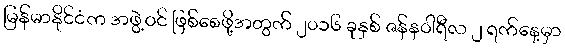
မြန်မာနိုင်ငံက အဖွဲ့ဝင် ဖြစ်စေဖို့အတွက် ၂၀၁၆ ခုနှစ် ဇန်နဝါရီလ ၂ ရက်နေ့မှာ